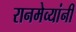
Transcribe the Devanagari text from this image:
रानमेव्यांनी